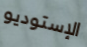
الإستوديو